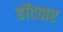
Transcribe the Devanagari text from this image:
डॉटदार